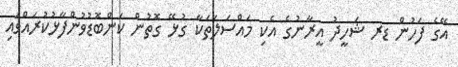
އޭގެ ފަހުން ޑރ ޝަހީދު އީރާނުގެ އެކި މައްސަލަތަކާ ގުޅޭ ގޮތުން ކަންބޮޑުވުންފާޅުކުރައްވައި